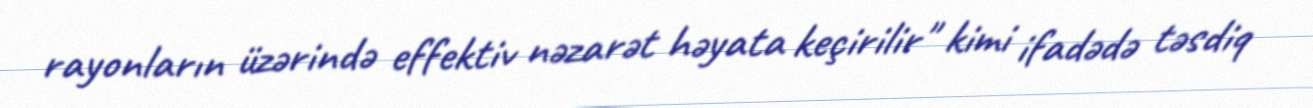
rayonların üzərində effektiv nəzarət həyata keçirilir" kimi ifadədə təsdiq